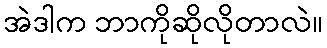
အဲဒါက ဘာကိုဆိုလိုတာလဲ။